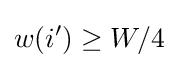
w(i')\geq W/4